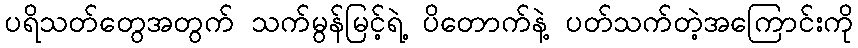
ပရိသတ်တွေအတွက် သက်မွန်မြင့်ရဲ့ ပိတောက်နဲ့ ပတ်သက်တဲ့အကြောင်းကို